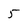
Character: 5